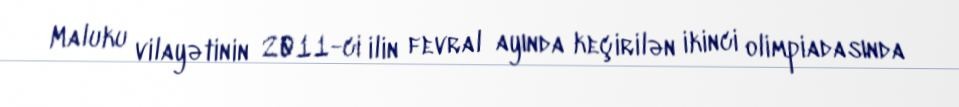
Maluku vilayətinin 2011-ci ilin fevral ayında keçirilən ikinci olimpiadasında